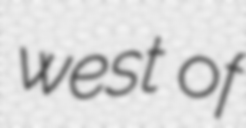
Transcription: west of